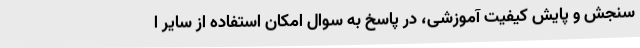
سنجش و پایش کیفیت آموزشی، در پاسخ به سوال امکان استفاده از سایر ا